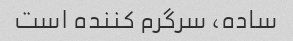
ساده، سرگرم کننده است